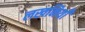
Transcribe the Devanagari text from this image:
लखनियाँ